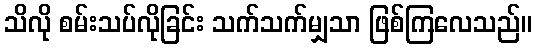
သိလို စမ်းသပ်လိုခြင်း သက်သက်မျှသာ ဖြစ်ကြလေသည်။